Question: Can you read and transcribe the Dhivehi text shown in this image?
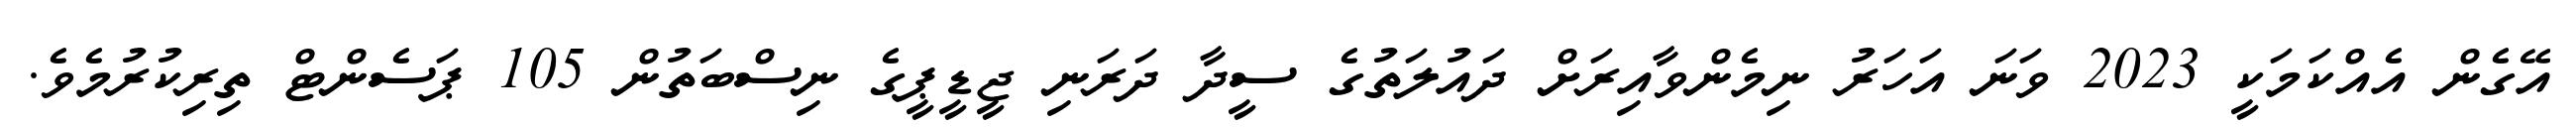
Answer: އޭގެން އެއްކަމަކީ 2023 ވަނަ އަހަރު ނިމެންވާއިރަށް ދައުލަތުގެ ސީދާ ދަރަނި ޖީޑީޕީގެ ނިސްބަތުން 105 ޕަސެންޓް ތިރިކުރުމެވެ.